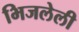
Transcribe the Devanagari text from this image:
भिजलेली